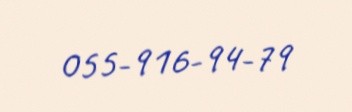
055-916-94-79